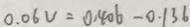
0 . 0 6 V = 0 . 4 0 6 - 0 . 1 3 6